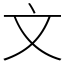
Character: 文